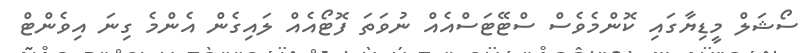
ސޯޝަލް މީޑިޔާގައި ކޮންމެވެސް ސްޓޭޓަސްއެއް ނުވަތަ ފޮޓޯއެއް ލައިގެން އެންމެ ގިނަ އިވެންޓް